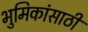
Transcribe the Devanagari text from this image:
भुमिकांसाठी